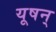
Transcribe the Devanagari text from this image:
यूषन्